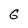
Character: G